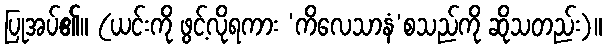
ပြုအပ်၏။ (ယင်းကို ဖွင့်လိုရကား ‘ကိလေသာနံ’စသည်ကို ဆိုသတည်း)။